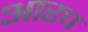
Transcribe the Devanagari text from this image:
आरच